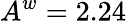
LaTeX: A^{w}=2.24